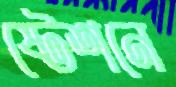
ষ্টেশনে